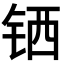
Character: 𬭄